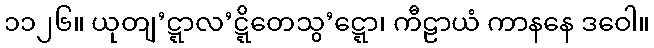
၁၁၂၆။ ယုတျ’ဋ္ဋာလ’ဋ္ဋိတေသွ’ဋ္ဋော၊ ကီဠာယံ ကာနနေ ဒဝေါ။